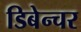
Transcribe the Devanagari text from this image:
डिबेन्‍चर